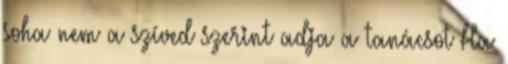
soha nem a szíved szerint adja a tanácsot Ha